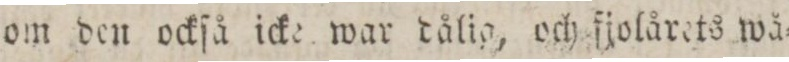
om den ockſå icke war dålia, och fjolårets wå=